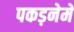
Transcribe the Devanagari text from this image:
पकड़नेमें